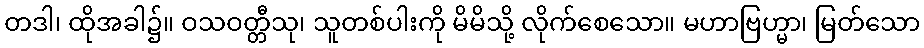
တဒါ၊ ထိုအခါ၌။ ဝသဝတ္တီသု၊ သူတစ်ပါးကို မိမိသို့ လိုက်စေသော။ မဟာဗြဟ္မာ၊ မြတ်သော